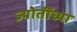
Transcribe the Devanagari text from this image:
ज्योतींच्या